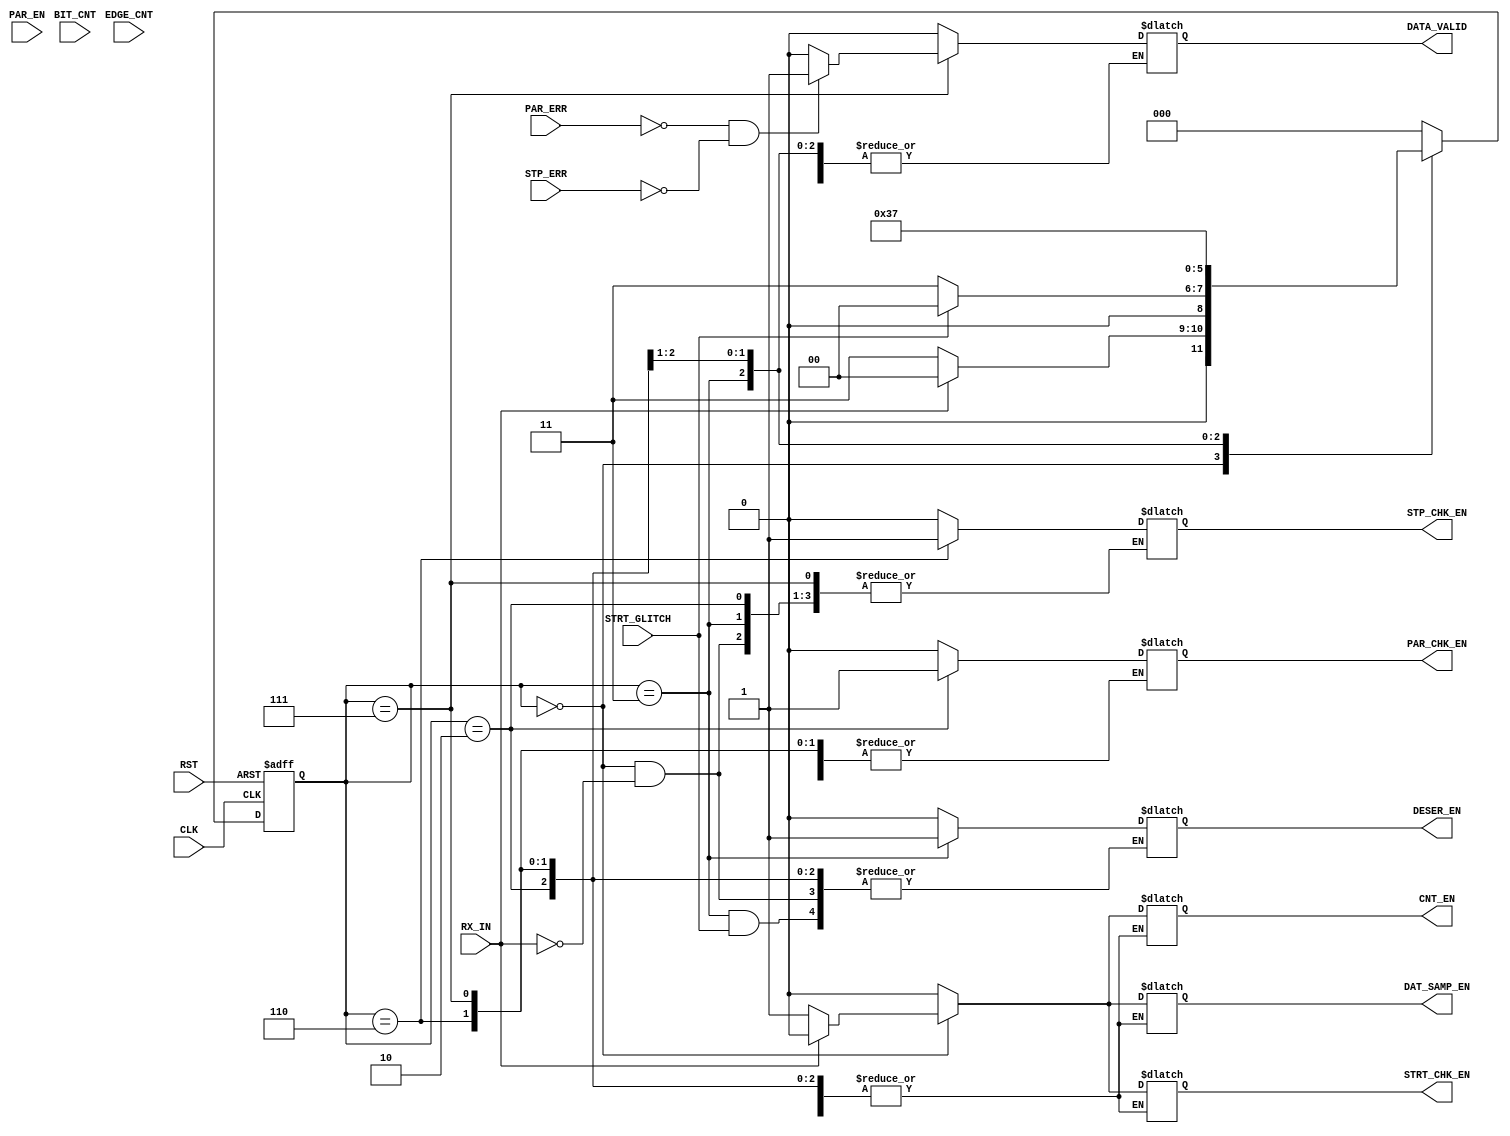
module RX_FSM  # 	( parameter BusWidth 	= 8 ) 
	(
		input   wire                 	CLK		,
		input   wire                  	RST		,
		input   wire                  	PAR_EN		,	 
		input   wire                  	RX_IN		, 
		input   wire                  	PAR_ERR		, 
		input  	wire       	        STRT_GLITCH	,
		input 	wire 	   	     	STP_ERR		, 
		input 	wire 			EDGE_CNT	, 
		input 	wire 			BIT_CNT		,

		output 	reg			CNT_EN 		,
		output 	reg			PAR_CHK_EN 	,
		output 	reg			STRT_CHK_EN 	,
		output 	reg			STP_CHK_EN 	,
		output 	reg			DESER_EN 	,
		output 	reg			DAT_SAMP_EN 	,
		output 	reg			DATA_VALID 
							
	);
						
// gray state encoding
parameter   [2:0]      	IDLE   		= 3'b000		,
			start 		= 3'b001		,
                       	data  		= 3'b011		,
			parity   	= 3'b010		,
		  	stop 		= 3'b110		,
		   	error_check 	= 3'b111 		;
					   
reg         [2:0]      current_state , next_state 		;

initial begin
current_state   = IDLE			;
end
					   
					   
					
always @ (posedge CLK or negedge RST)
 begin
  if(!RST)
    current_state <= IDLE 		;
  else
    current_state <= next_state 	;
 end
		
// next state &	OUTPUT logic
always @ (*)
 begin
  case(current_state)
  
  IDLE   		:	begin
						if(RX_IN != 1'b1)
							begin
							
								STRT_CHK_EN 	<= 1'b1 ;
								CNT_EN 		<= 1'b1 ;
								DAT_SAMP_EN 	<= 1'b1 ;
								
								next_state 	<= data ;
								
							end
						else
							begin
								
								CNT_EN 		<= 1'b0 	;
								PAR_CHK_EN 	<= 1'b0 	;
								STRT_CHK_EN 	<= 1'b0 	;
								STP_CHK_EN 	<= 1'b0 	;
								DESER_EN 	<= 1'b0 	;
								DAT_SAMP_EN 	<= 1'b0 	;
								DATA_VALID 	<= 1'b0 	;
				
								next_state 	<= IDLE 	;
							end
						
					end
		   
		   
  data   		: 	begin
						
						if (STRT_GLITCH == 1'b1)
							begin
								next_state <= 	IDLE 				;
							end	
						else
							begin
								if(BIT_CNT == BusWidth) //start bit inculded
									if(PAR_EN)
										next_state 	<= 	parity 	;
									else 
										next_state 	<= 	stop 	;
								else
										next_state 	<= 	data 	;
										DESER_EN 	<= 	1'b1	;
							end
							
					end
		   
  parity 		: 	begin
  
						PAR_CHK_EN <= 1'b1 			;	
						next_state <= stop	 		;				
						
					end
		   
  stop   		: 	begin
  
						STP_CHK_EN <= 1'b1 			;
						next_state <= error_check 		;
						
					end	
		   
  error_check   : 	begin
						next_state <= IDLE 			;
						
						if ( (PAR_ERR == 0) && (STP_ERR == 0) )
							DATA_VALID <= 1'b1		;
						else
							DATA_VALID <= 1'b0		;
						
					end	
		   
  default: begin
				next_state = IDLE ;

				CNT_EN 		<= 1'b0 	;
				PAR_CHK_EN 	<= 1'b0 	;
				STRT_CHK_EN 	<= 1'b0 	;
				STP_CHK_EN 	<= 1'b0 	;
				DESER_EN 	<= 1'b0 	;
				DAT_SAMP_EN 	<= 1'b0 	;
				DATA_VALID 	<= 1'b0 	;
           end	
  endcase                 	   
 end 	


 
		
endmodule